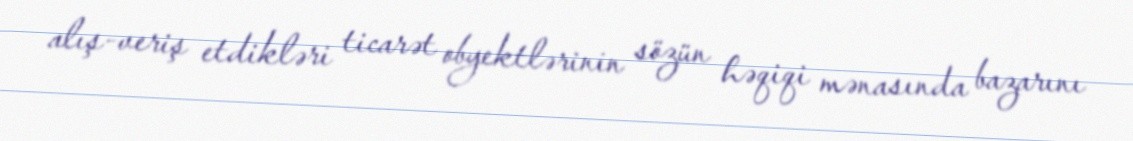
alış-veriş etdikləri ticarət obyektlərinin sözün həqiqi mənasında bazarını